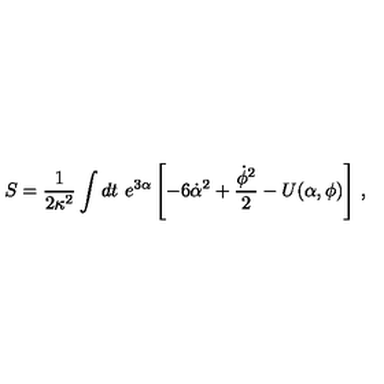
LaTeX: S = \frac { 1 } { 2 \kappa ^ { 2 } } \int { d t \ e ^ { 3 \alpha } \left[ - 6 \dot { \alpha } ^ { 2 } + \frac { \dot { \phi } ^ { 2 } } { 2 } - U ( \alpha , \phi ) \right] } \ ,